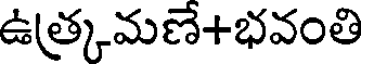
ఉత్కమణే+భవంతి